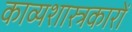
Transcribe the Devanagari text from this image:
काव्यशास्त्रकारों